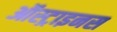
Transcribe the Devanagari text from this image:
ऑस्ट्राइनस